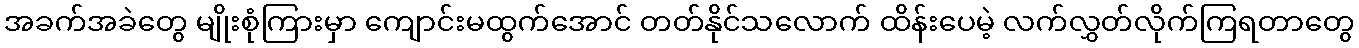
အခက်အခဲတွေ မျိုးစုံကြားမှာ ကျောင်းမထွက်အောင် တတ်နိုင်သလောက် ထိန်းပေမဲ့ လက်လွှတ်လိုက်ကြရတာတွေ